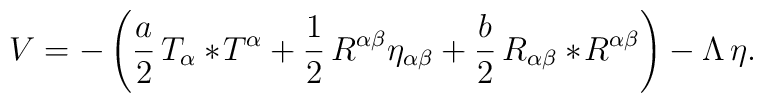
V = - \left({a\over 2}\,T_\alpha {}*\!T^\alpha +{1\over 2}\, R^{\alpha\beta}\eta _{\alpha\beta}+{b\over 2}\,R_{\alpha\beta }{}*\!R^{\alpha\beta }\right) - \Lambda\,\eta .